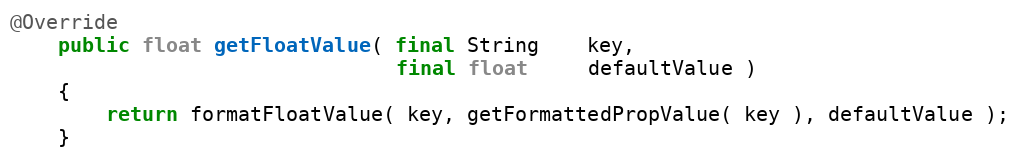
Language: Java
@Override
    public float getFloatValue( final String    key,
                                final float     defaultValue )
    {
        return formatFloatValue( key, getFormattedPropValue( key ), defaultValue );
    }